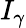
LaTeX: I_{\gamma}